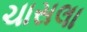
ચાસલા